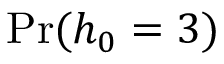
\operatorname* { P r } ( h _ { 0 } = 3 )